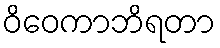
ဝိဝေကာဘိရတာ